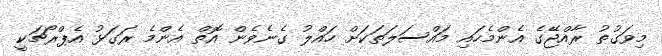
މިވަގުތު ރާއްޖޭގެ އެންމެހައި މައްސަލަތަކަށް ހައްލު ގެނެވެން އޮތް އެންމެ ރަގަޅު އެޕްރޯޗަކީ